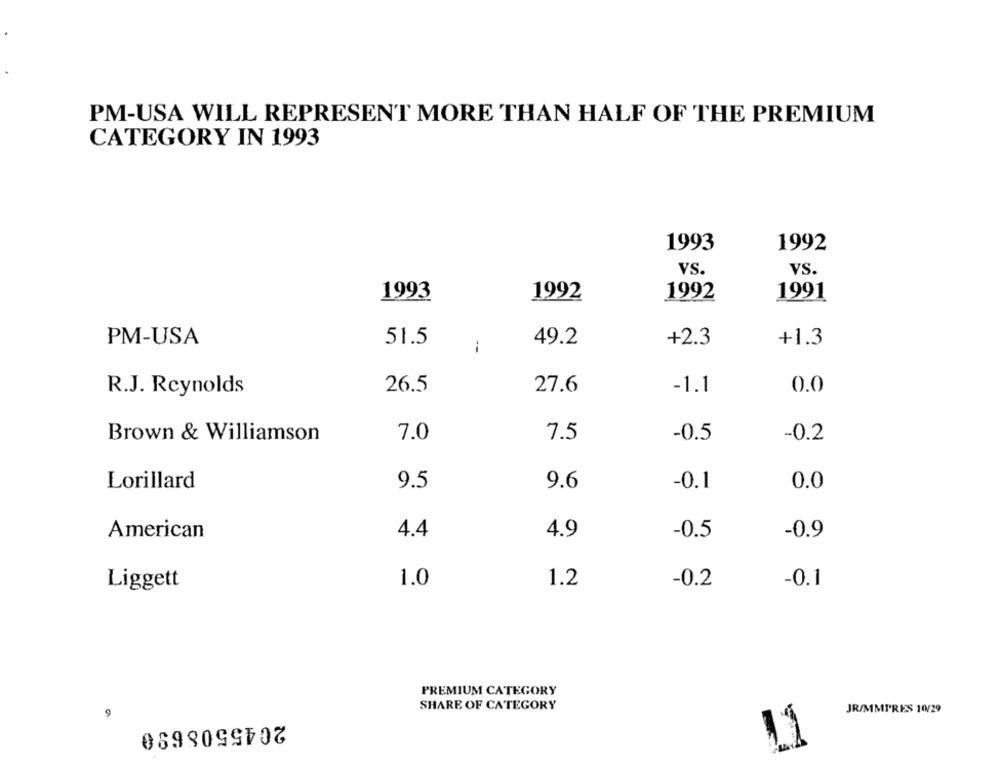
PM-USA WILL REPRESENT MORE THAN HALF OF THE PREMIUM
CATEGORY IN 1993
1993
1992
vS.
VS.
1993
1992
1992
1991
PM-USA
51.5
49.2
+2.3
+1.3
R.J. Reynolds
26.5
27.6
-1.1
0.0
Brown & Williamson
7.0
7.5
-0.5
-0.2
9.5
9.6
Lorillard
-0.1
0.0
American
4.4
4.9
-0.5
-0.9
1.0
1.2
-0.2
-0.1
Liggett
PREMIUM CATEGORY
SHARE OF CATEGORY
JR/MMPRES 10/29
2045508690
11